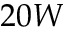
2 0 W